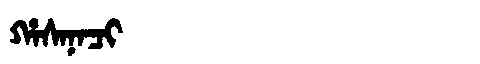
Manchu: ᡥᠠᠰᠠᠨᠠᠴᡳ
Romanization: HASANACI